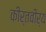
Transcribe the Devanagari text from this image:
कीर्तवीर्य